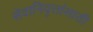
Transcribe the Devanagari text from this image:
सेवानिवृत्तांसाठी